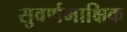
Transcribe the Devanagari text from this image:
सुवर्णमाक्षिक